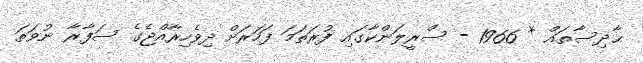
ޙާދިސާތައް * 1966 - ސްރީލަންކާގައި ފުރަތަމަ ފަހަރަށް ދިވެހިރާއްޖެގެ ސަފާރާ ނުވަތަ